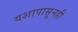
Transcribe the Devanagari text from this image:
यशापासूनही